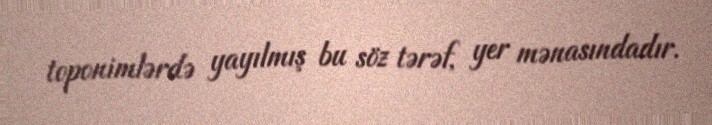
toponimlərdə yayılmış bu söz tərəf, yer mənasındadır.